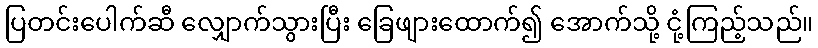
ပြတင်းပေါက်ဆီ လျှောက်သွားပြီး ခြေဖျားထောက်၍ အောက်သို့ ငုံ့ကြည့်သည်။